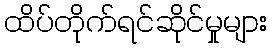
ထိပ်တိုက်ရင်ဆိုင်မှုများ